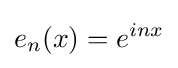
e_{n}(x)=e^{inx}